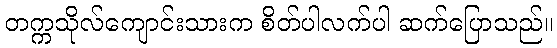
တက္ကသိုလ်ကျောင်းသားက စိတ်ပါလက်ပါ ဆက်ပြောသည်။